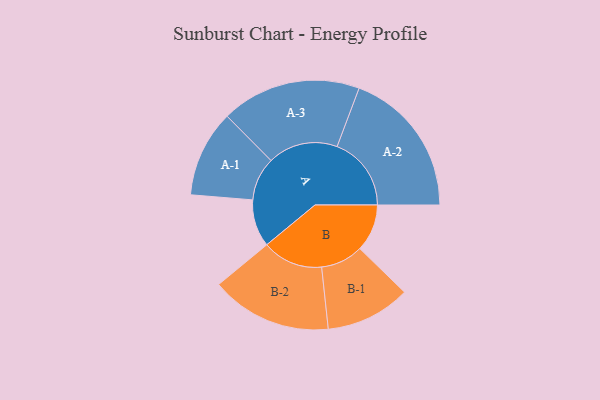
{"axis": {"x": "Segment", "y": "Value"}, "legend": ["", "A", "B"], "data": [{"x": "A", "y": 146, "type": ""}, {"x": "B", "y": 146, "type": ""}, {"x": "A-1", "y": 134, "type": "A"}, {"x": "A-2", "y": 229, "type": "A"}, {"x": "A-3", "y": 216, "type": "A"}, {"x": "B-1", "y": 131, "type": "B"}, {"x": "B-2", "y": 187, "type": "B"}]}